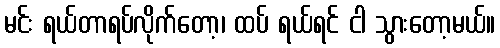
မင်း ရယ်တာရပ်လိုက်တော့၊ ထပ် ရယ်ရင် ငါ သွားတော့မယ်။